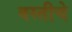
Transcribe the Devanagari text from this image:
बस्तीचे